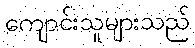
ကျောင်းသူများသည်